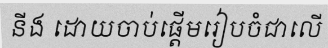
នីង ដោយចាប់ផ្តើមរៀបចំជាលើ